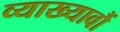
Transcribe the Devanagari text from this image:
व्याख्यावौं